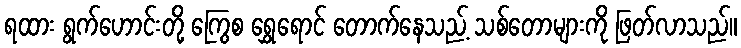
ရထား ရွက်ဟောင်းတို့ ကြွေစ ရွှေရောင် တောက်နေသည့် သစ်တောများကို ဖြတ်လာသည်။